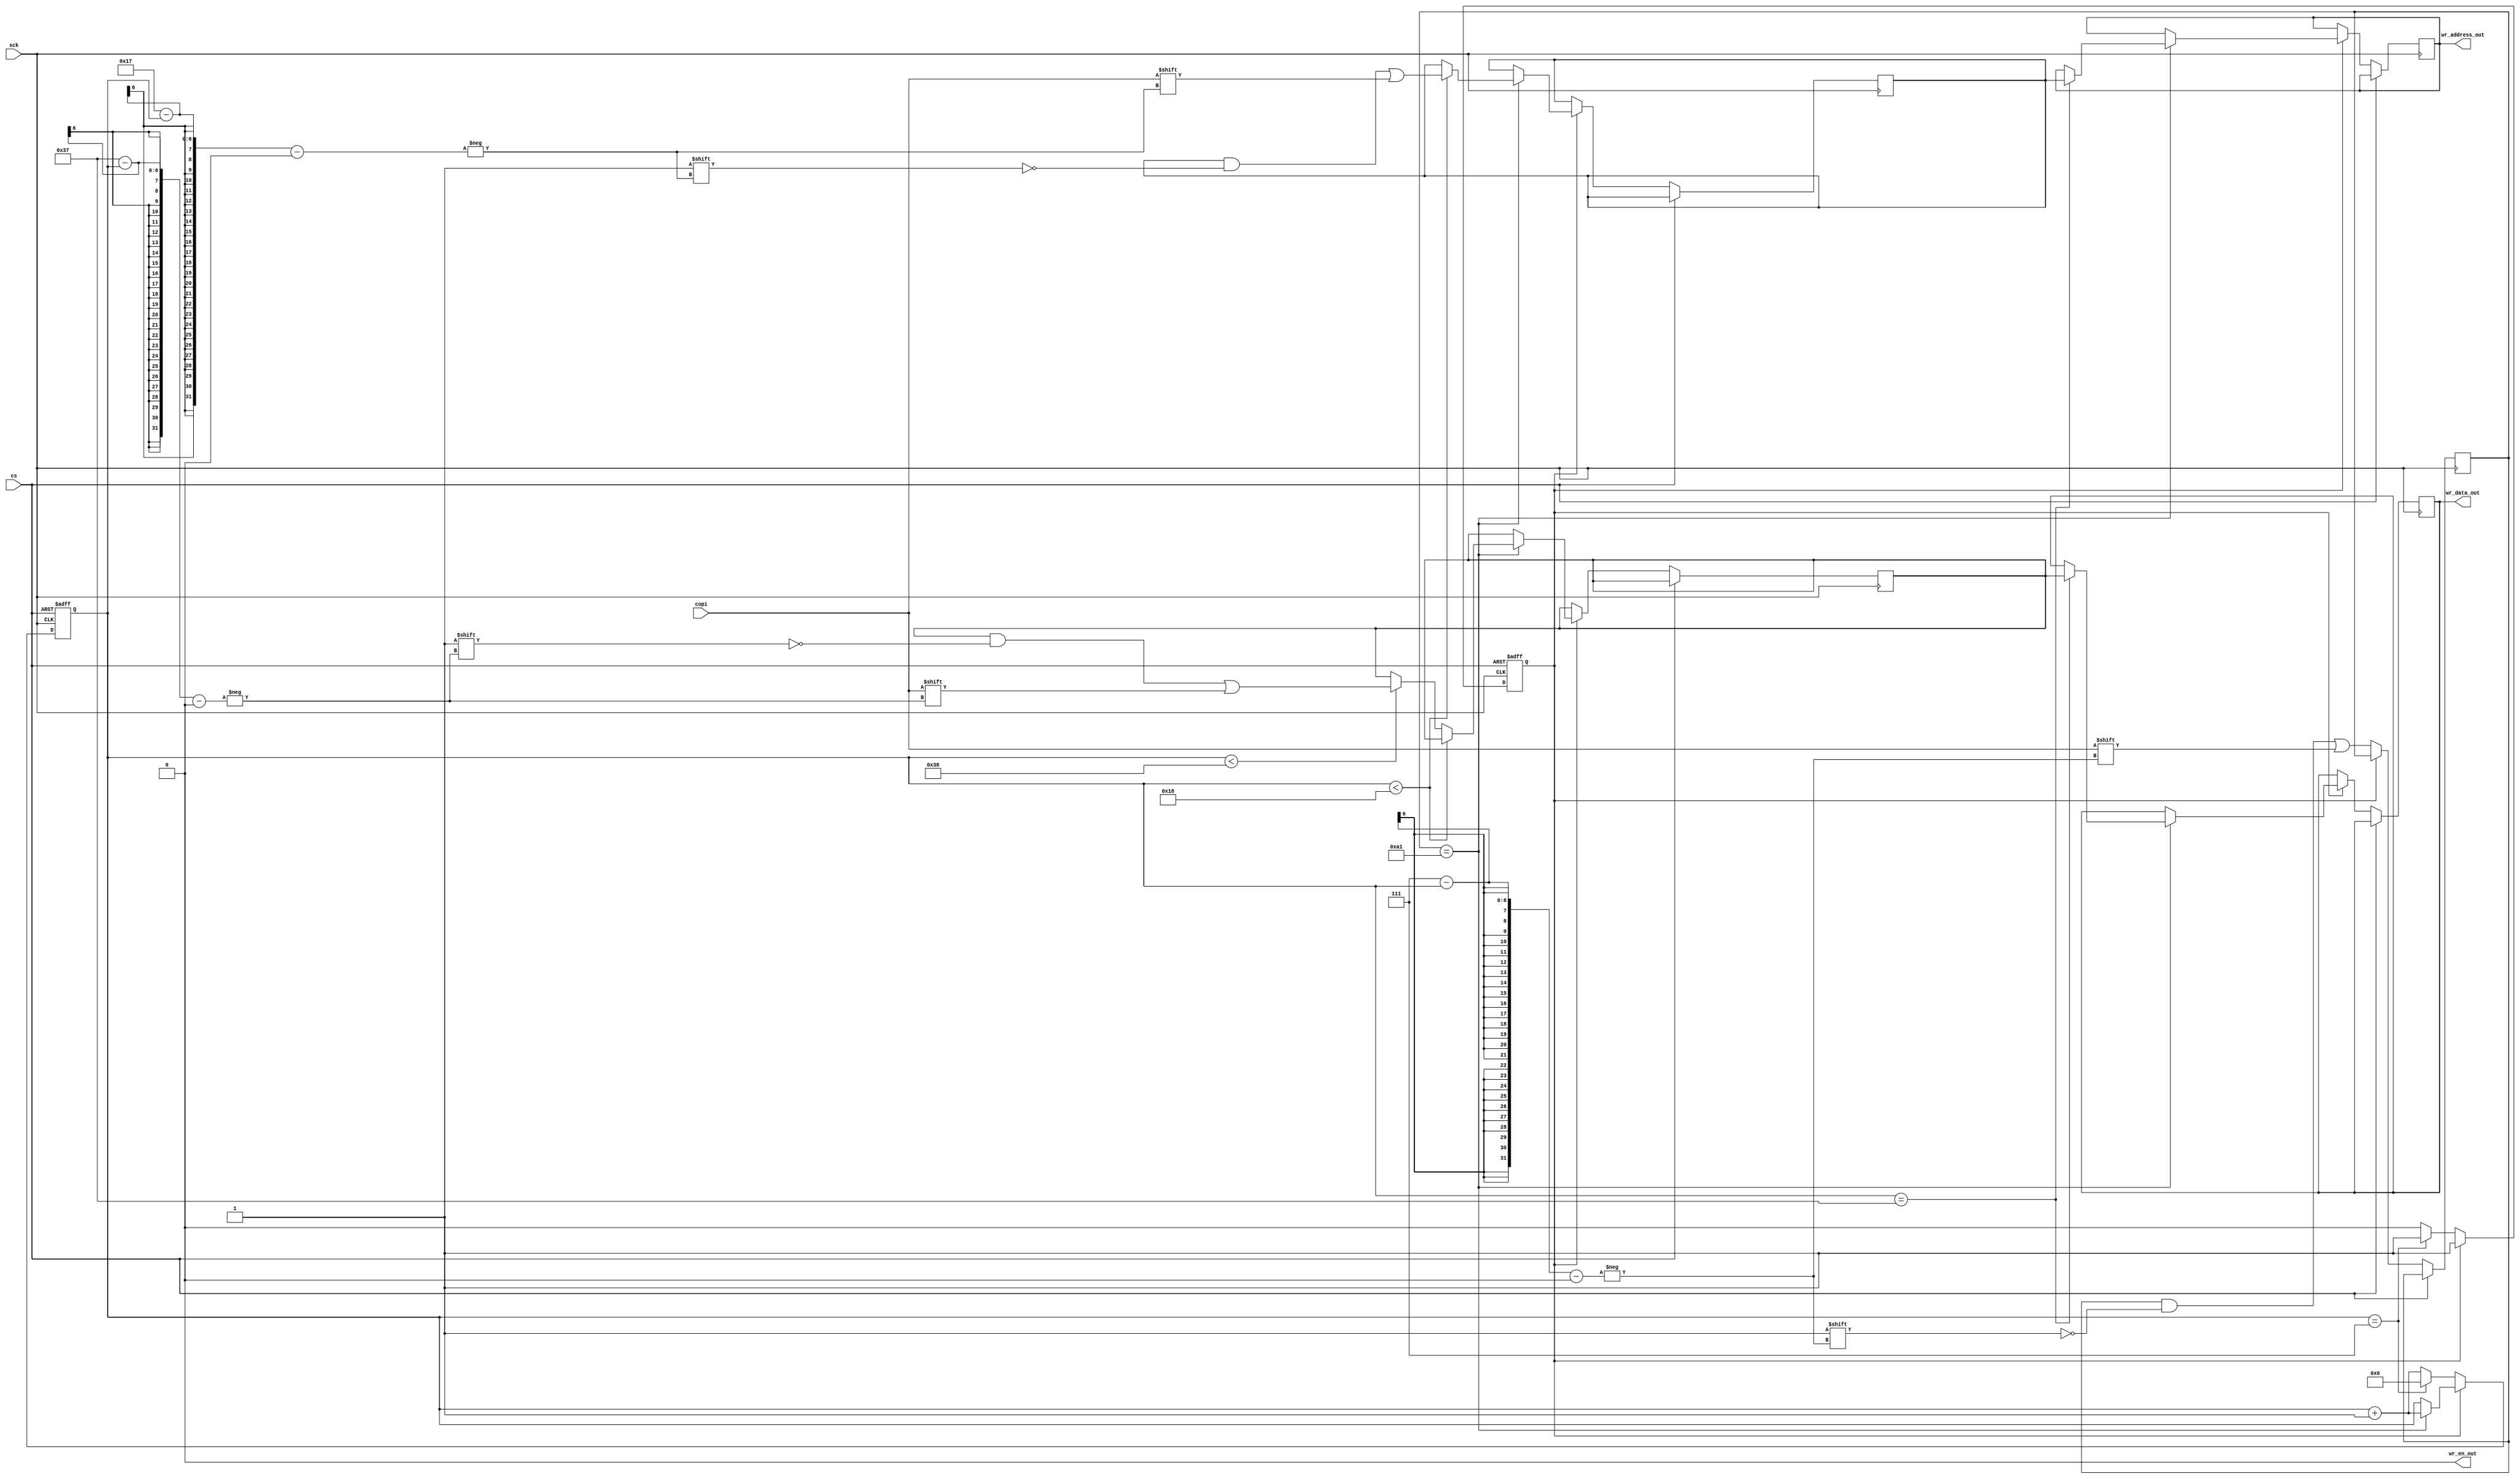
module spi_peripheral(
    input wire sck,
    
    input wire cs,
    input wire copi,
    
    output wire wr_en_out,
    output wire [23:0] wr_address_out,
    output wire [31:0] wr_data_out
);
    parameter WRITE_COMMAND = 8'hA1;  // write command

    reg [7:0] command;
    reg [23:0] address;
    reg [31:0] data;
    
    reg wr_en_out_reg;
    reg [23:0] wr_address_out_reg;
    reg [31:0] wr_data_out_reg;
    
    reg state;
    reg [5:0] bit_count;

    initial begin
        command = 0;
        address = 0;
        data = 0;
        
        wr_en_out_reg = 0;
        wr_address_out_reg = 0;
        wr_data_out_reg = 0;
        
        state = 0;
        bit_count = 0;
    end

    always @(posedge sck or posedge cs) begin
        if (cs) begin
            state <= 0;
            bit_count <= 0;
            wr_en_out_reg <= 0;
        end else begin
            if (state == 0) begin
                command[7 - bit_count] <= copi;
                bit_count <= bit_count + 1;
                
                if (bit_count == 7) begin
                    state <= 1;
                    bit_count <= 0;
                end
            end else if (state == 1) begin
                if (command == WRITE_COMMAND) begin
                    if (bit_count < 24) begin
                        address[23 - bit_count] <= copi;
                    end else if (bit_count < 56) begin
                        data[55 - bit_count] <= copi;
                    end
                    
                    bit_count <= bit_count + 1;

                    if (bit_count == 55) begin
                        wr_en_out_reg <= 1;
                        wr_address_out_reg <= address;
                        wr_data_out_reg <= data;
                    end
                end
            end
        end
    end

    always @(negedge cs) begin
        wr_en_out_reg <= 0;
    end

    assign wr_en_out = wr_en_out_reg;
    assign wr_address_out = wr_address_out_reg;
    assign wr_data_out = wr_data_out_reg;
endmodule